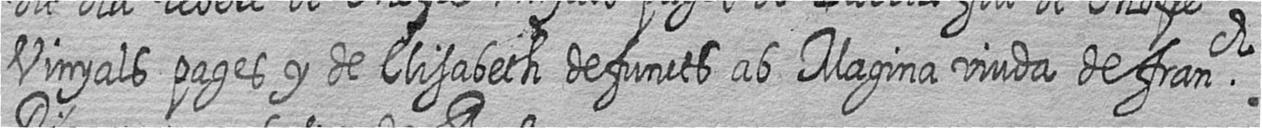
Vinyals pages y de Elisabeth defuncts ab Magina viuda de franch